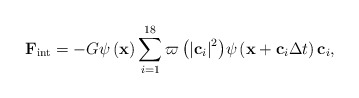
\begin{align*}{{\bf{F}}_{{\mathop{\rm int}} }} = - G\psi \left( {\bf{x}} \right)\sum\limits_{i = 1}^{18} {\varpi \left( {{{\left| {{{\bf{c}}_i}} \right|}^2}} \right)} \psi \left( {{\bf{x}} + {{\bf{c}}_i}\Delta t} \right){{\bf{c}}_i},\end{align*}